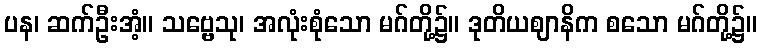
ပန၊ ဆက်ဦးအံ့။ သဗ္ဗေသု၊ အလုံးစုံသော မဂ်တို့၌။ ဒုတိယဈာနိက စသော မဂ်တို့၌။